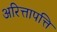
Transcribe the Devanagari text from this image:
अरित्तापत्ति